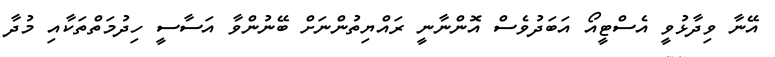
އޭނާ ވިދާޅުވީ އެސްޓީއޯ އަބަދުވެސް އޮންނާނީ ރައްޔިތުންނަށް ބޭނުންވާ އަސާސީ ހިދުމަތްތަކާއި މުދާ